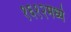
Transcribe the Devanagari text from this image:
१६१२मध्ये